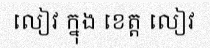
លៀវ ក្នុង ខេត្ត លៀវ